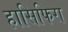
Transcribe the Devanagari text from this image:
हासिफिरा